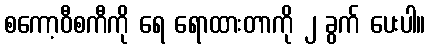
စကော့ဝီစကီကို ရေ ရောထားတာကို ၂ ခွက် ပေးပါ။